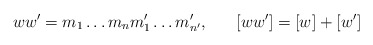
\begin{align*}ww^{\prime} = m_{1} \ldots m_{n} m^{\prime}_{1} \ldots m^{\prime}_{n^{\prime}}, \;\;\;\;\;\; [ww^{\prime}] = [w]+[w^{\prime}]\end{align*}